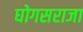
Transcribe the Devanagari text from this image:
घोगसराजा